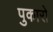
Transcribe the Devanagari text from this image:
पुकारो